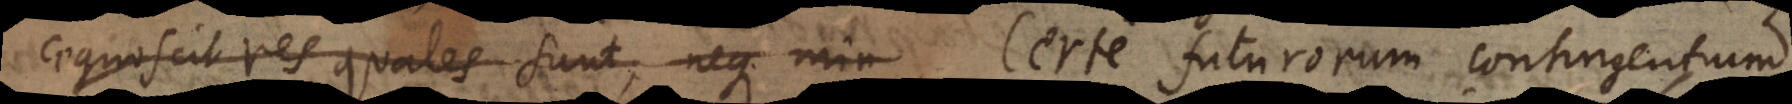
cognoscit res quales sunt, neque min Certe futurorum contingentium